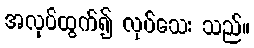
အလုပ်ထွက်၍ လုပ်သေး သည်။